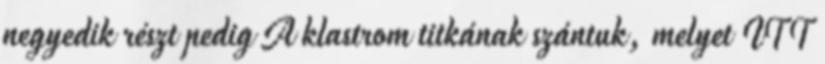
negyedik részt pedig A klastrom titkának szántuk, melyet ITT